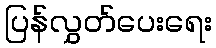
ပြန်လွှတ်ပေးရေး